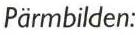
Pärmbilden: